Civil Veterinary Dept. Assam report 1927-50 - 1927-1950
Year: 1927
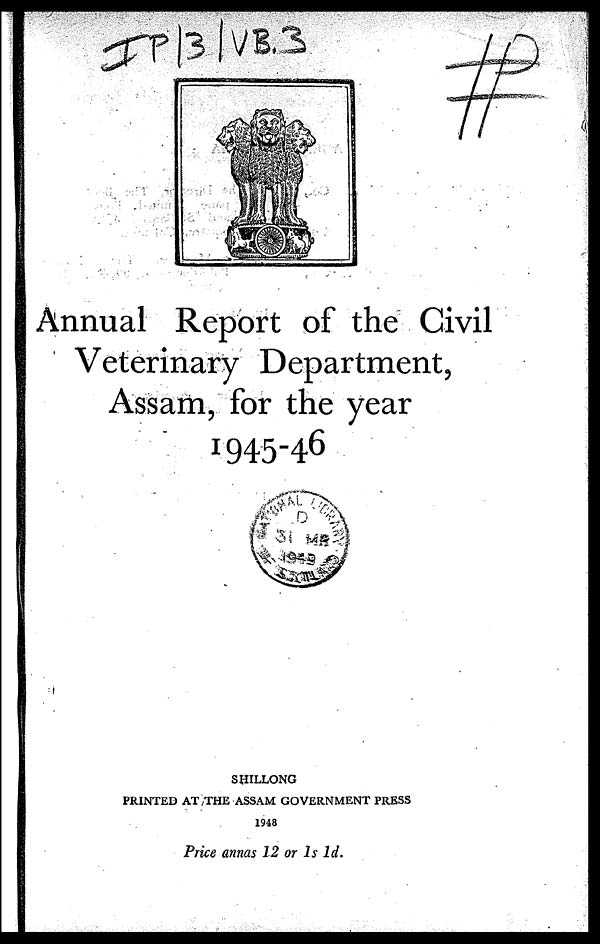
Annual Report of the Civil
Veterinary Department,
Assam, for the year
1945-46
SHILLONG
PRINTED AT THE ASSAM GOVERNMENT PRESS
1948
Price annas 12 or 1s 1d.